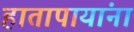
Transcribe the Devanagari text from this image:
हातापायांना